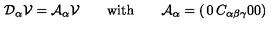
{ \cal D } _ { \alpha } { \cal V } = { \cal A } _ { \alpha } { \cal V } \qquad \mathrm { w i t h } \qquad { \cal A } _ { \alpha } = \left( \begin{matrix} { 0 } & { C _ { \alpha \beta \gamma } } \\ { 0 } & { 0 } \\ \end{matrix} \right)